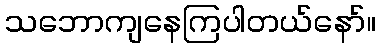
သဘောကျနေကြပါတယ်နော်။